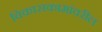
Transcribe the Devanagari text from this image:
विकासकामांवरील